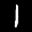
Label: 1